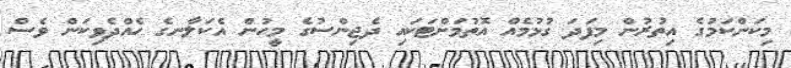
މިކަންކަމުގެ އިތުރުން މިފަދަ ގުޅުމެއް އޮތުމަށްޓަކައި ދެޖިންސުގެ މީހުން އެކަލާނގެ ހެއްދެވިކަން ވެސް